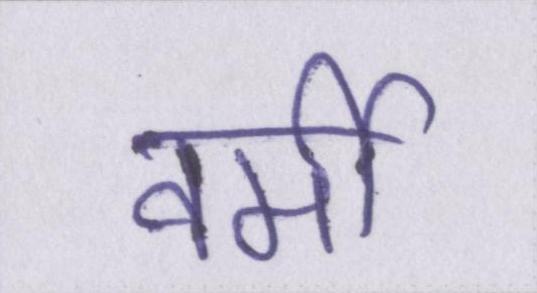
वर्मी